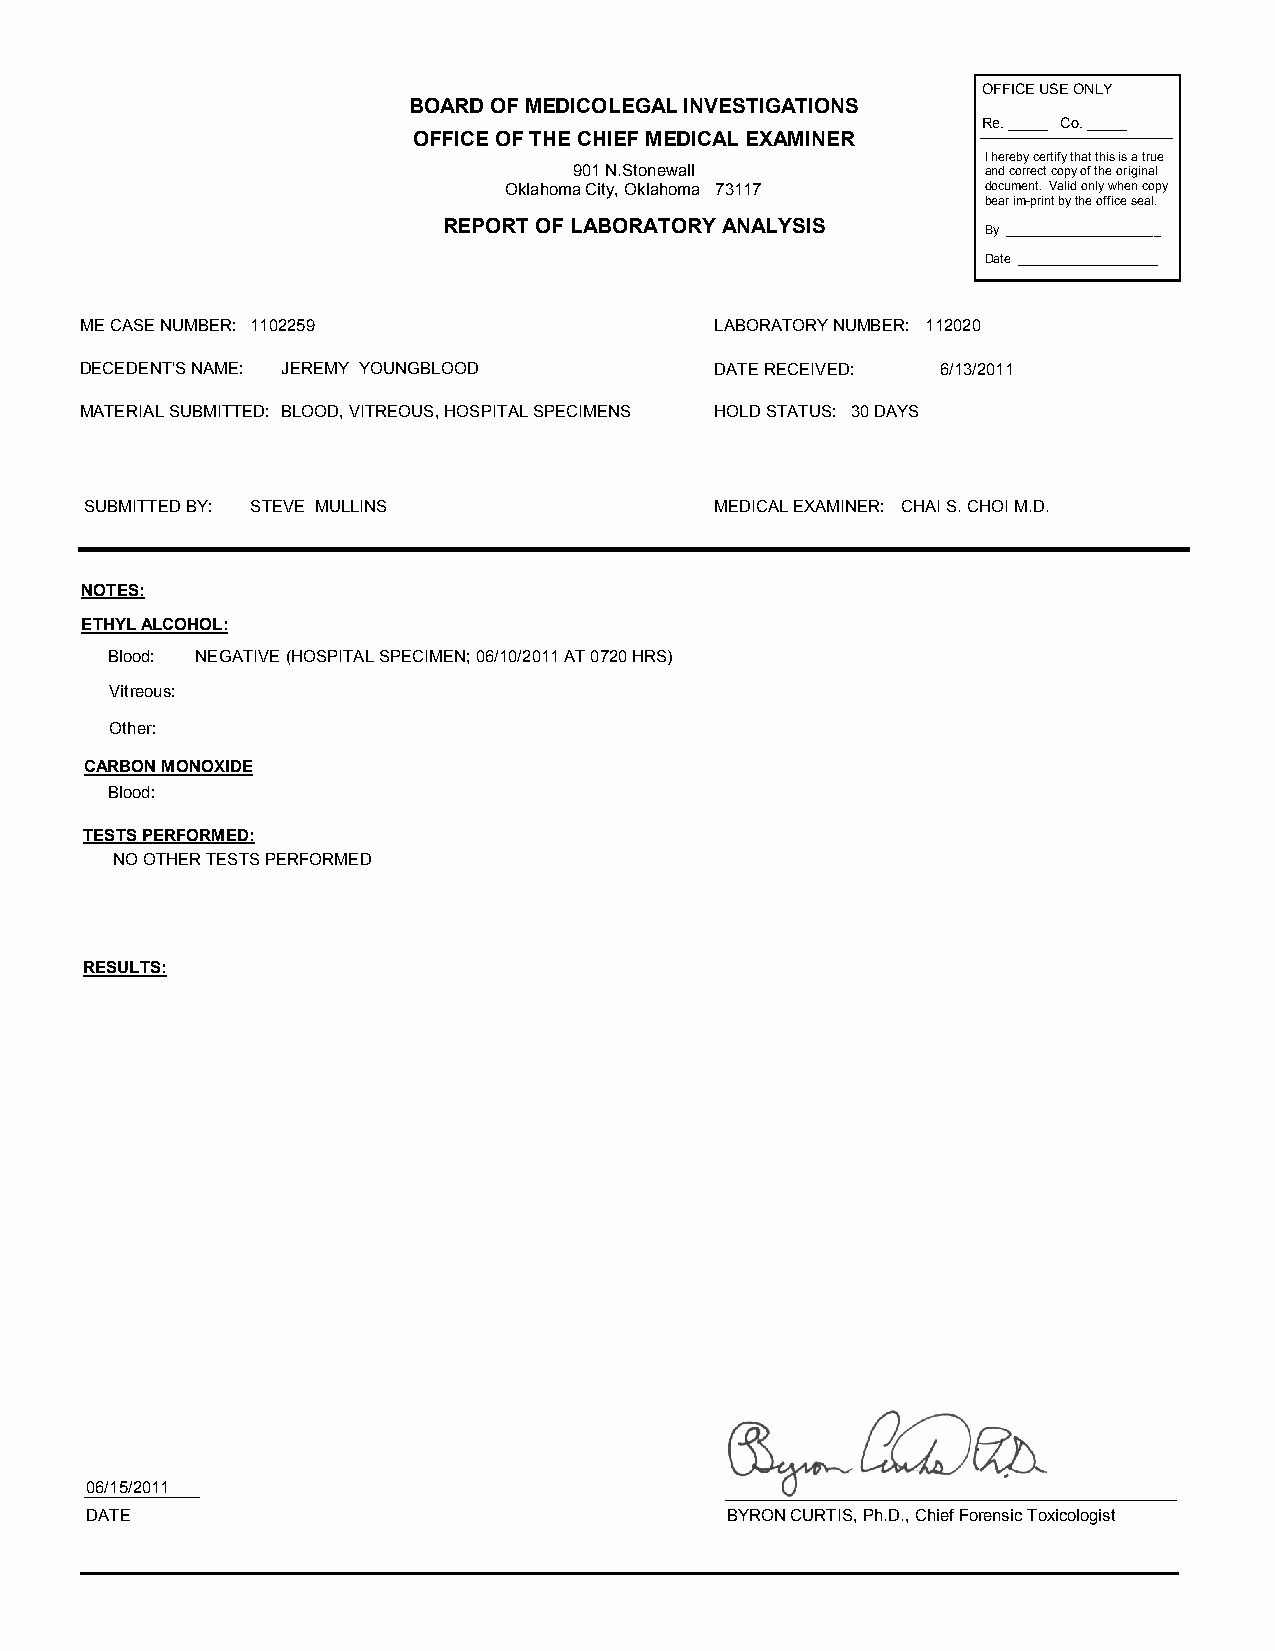
OFFICE USE ONLY
 BOARD OF MEDICOLEGAL INVESTIGATIONS
 Re. _____ Co. _____
 OFFICE OF THE CHIEF MEDICAL EXAMINER
 I hereby certify that this is a true
 901 N.Stonewall            and correct copy of the original
 Oklahoma City, Oklahoma 73117   document. Valid only when copy
 bear im-print by the office seal.
 REPORT OF LABORATORY ANALYSIS
 By ______________________
 Date ____________________
 ME CASE NUMBER: 1102259                   LABORATORY NUMBER: 112020
 DECEDENT'S NAME: JEREMY YOUNGBLOOD        DATE RECEIVED: 6/13/2011
 MATERIAL SUBMITTED: BLOOD, VITREOUS, HOSPITAL SPECIMENS HOLD STATUS: 30 DAYS
 SUBMITTED BY: STEVE MULLINS              MEDICAL EXAMINER: CHAI S. CHOI M.D.
 NOTES:
 ETHYL ALCOHOL:
 Blood: NEGATIVE (HOSPITAL SPECIMEN; 06/10/2011 AT 0720 HRS)
 Vitreous:
 Other:
 CARBON MONOXIDE
 Blood:
 TESTS PERFORMED:
 NO OTHER TESTS PERFORMED
 RESULTS:
 06/15/2011
 DATE                                      BYRON CURTIS, Ph.D., Chief Forensic Toxicologist